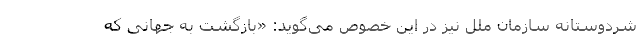
شردوستانه سازمان ملل نیز در این خصوص می‌گوید: «بازگشت به جهانی که